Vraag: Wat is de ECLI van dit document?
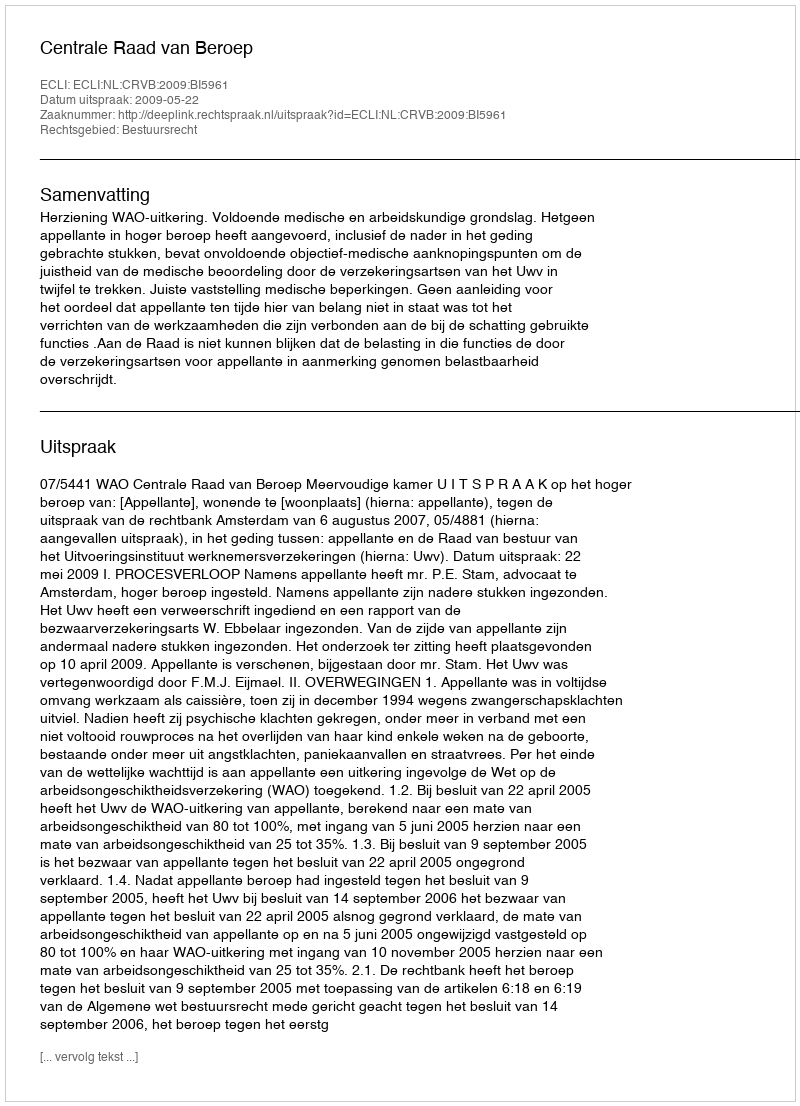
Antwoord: ECLI:NL:CRVB:2009:BI5961